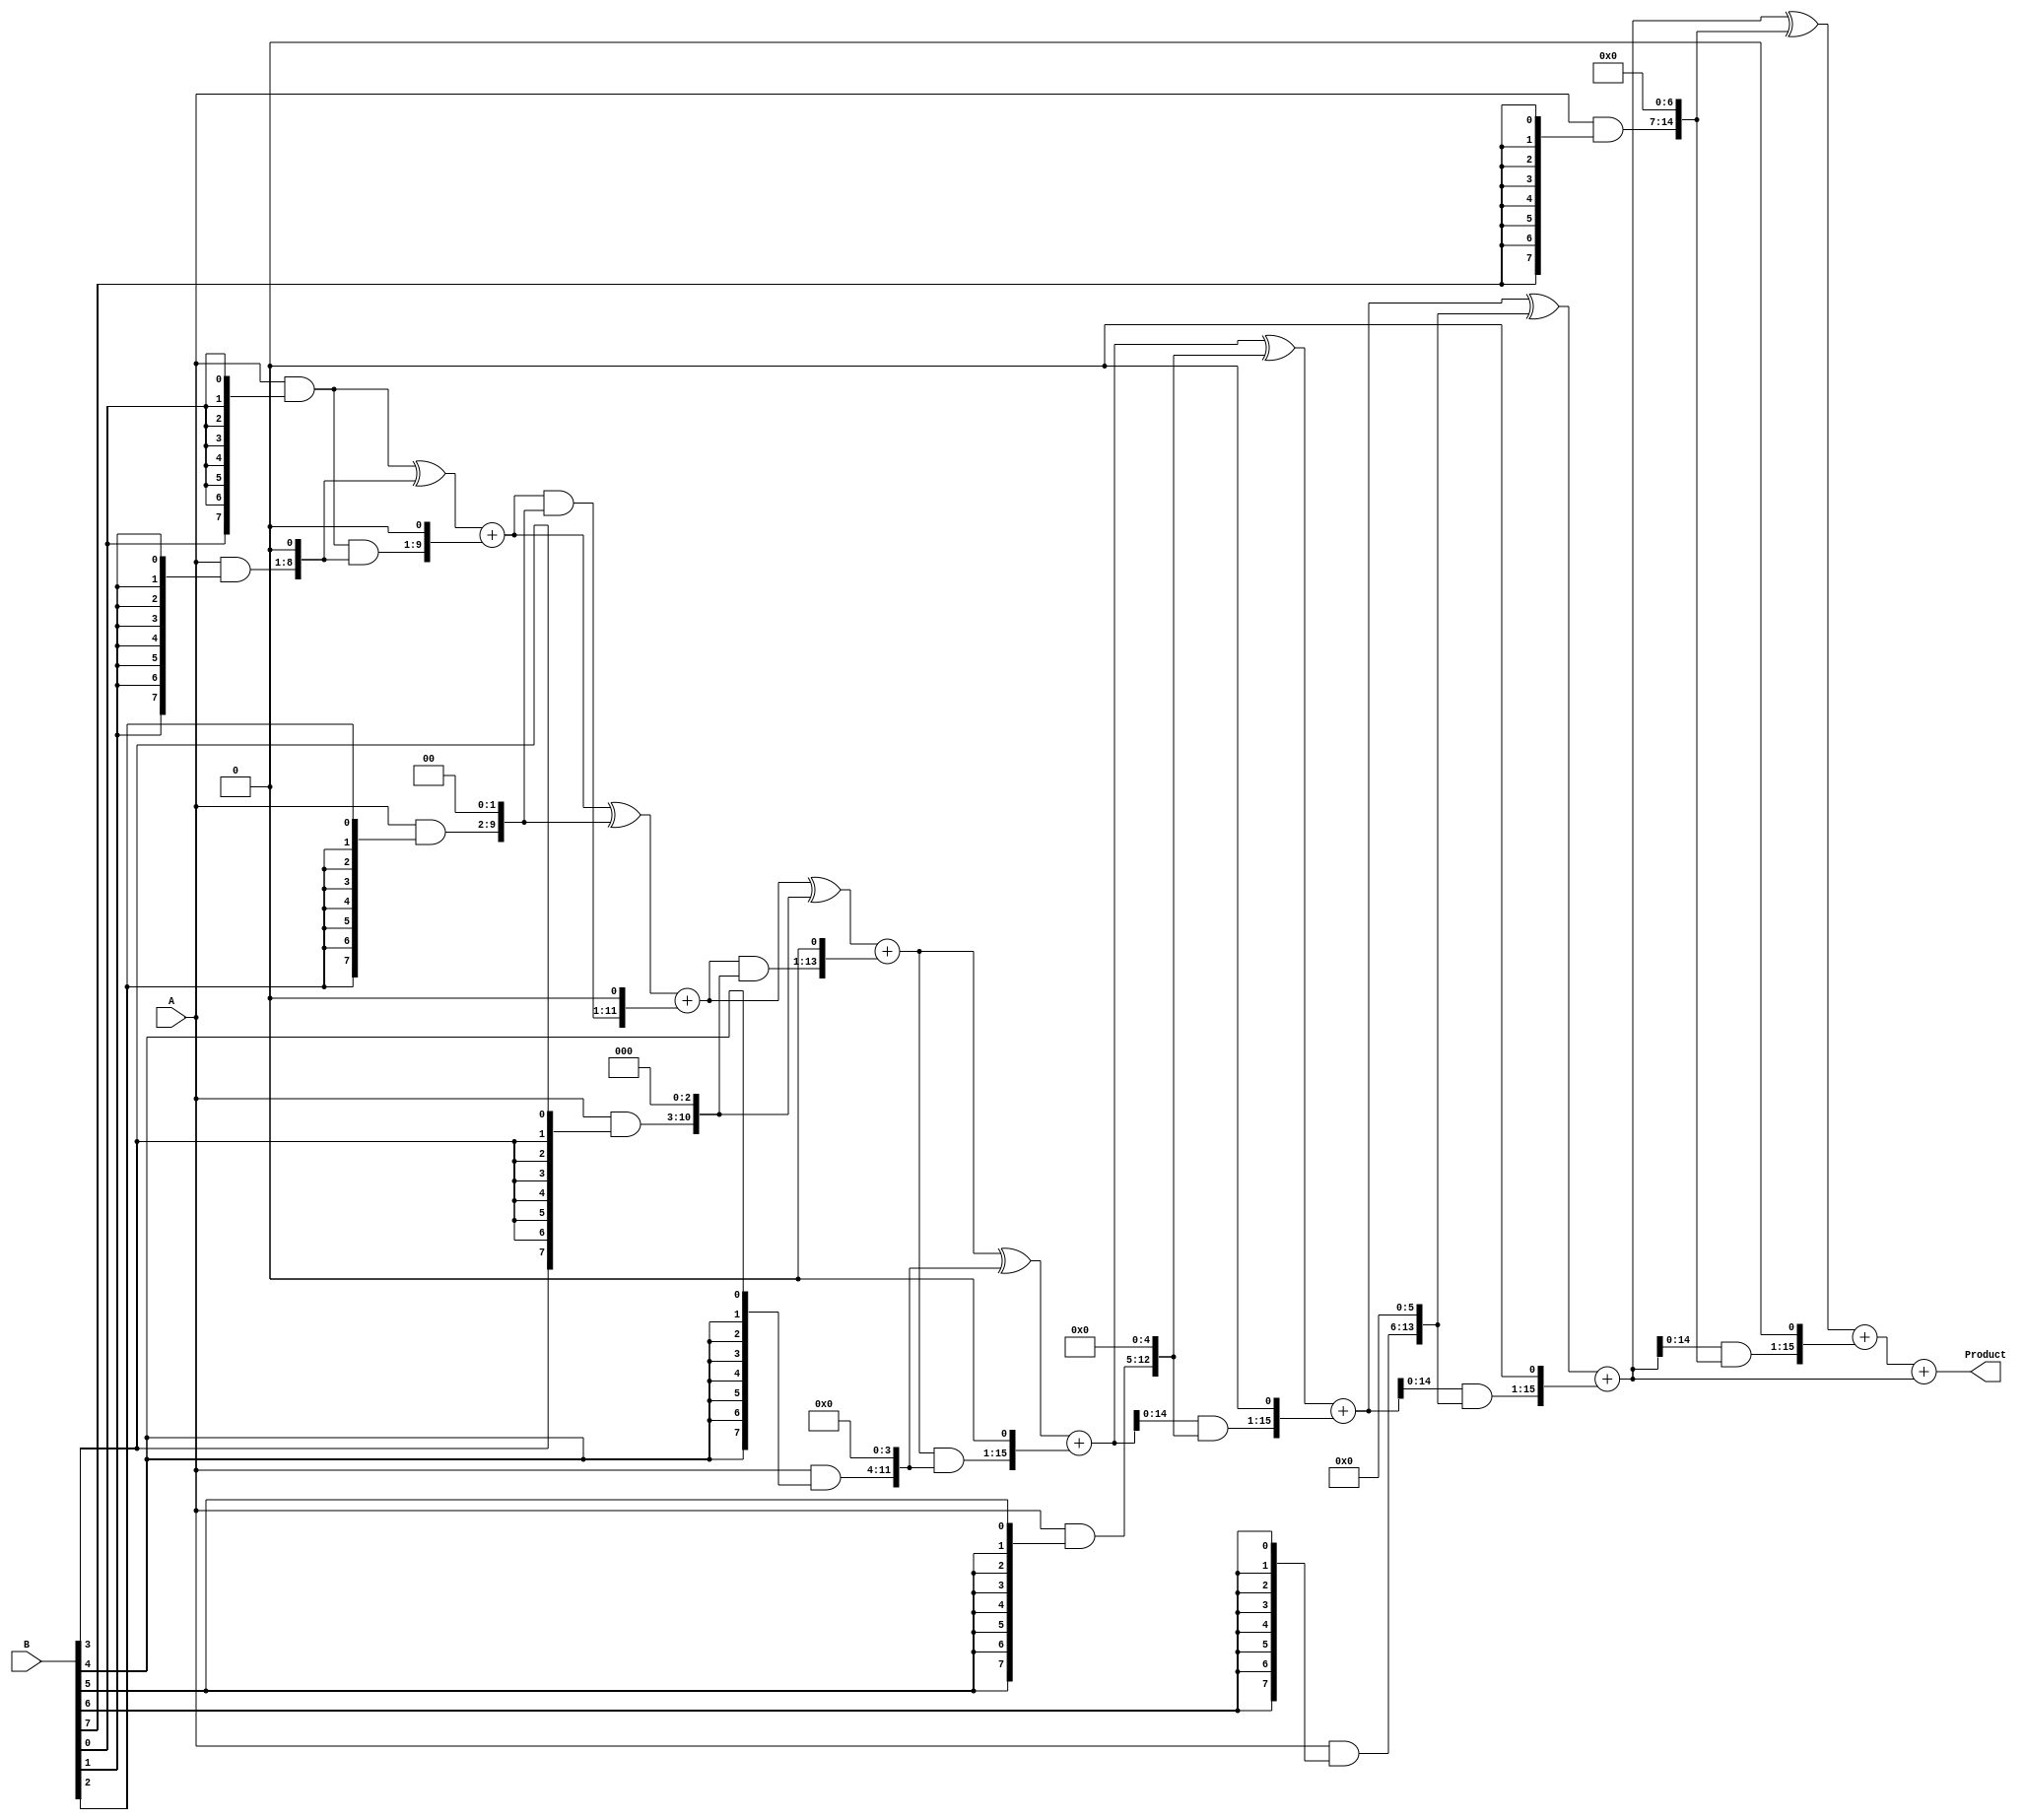
module WallaceTreeMultiplier #(
    parameter WIDTH_A = 8, // Width of multiplicand A
    parameter WIDTH_B = 8  // Width of multiplier B
)(
    input [WIDTH_A-1:0] A, // Multiplicand
    input [WIDTH_B-1:0] B, // Multiplier
    output reg [WIDTH_A + WIDTH_B - 1:0] Product // Result of multiplication
);

    // Generate Partial Products
    wire [WIDTH_A + WIDTH_B - 1:0] partial_products[0:WIDTH_B-1];

    genvar i;
    generate
        for (i = 0; i < WIDTH_B; i = i + 1) begin : pp_gen
            assign partial_products[i] = A & {WIDTH_A{B[i]}};
            // Shift left by i bits
            assign partial_products[i] = partial_products[i] << i;
        end
    endgenerate

    // Wallace Tree Reduction
    wire [WIDTH_A + WIDTH_B - 1:0] sum[0:WIDTH_B-1];
    wire [WIDTH_A + WIDTH_B - 1:0] carry[0:WIDTH_B-1];

    // Initial stage of reduction
    wire [WIDTH_A + WIDTH_B - 1:0] level[0:WIDTH_B-1];
    assign level[0] = partial_products[0];

    generate
        for (i = 1; i < WIDTH_B; i = i + 1) begin : reduction
            assign sum[i] = level[i-1] ^ partial_products[i];
            assign carry[i] = level[i-1] & partial_products[i];
            assign level[i] = {1'b0, sum[i]} + {carry[i], 1'b0}; // Combine carry
        end
    endgenerate

    // Final addition of the last two levels
    always @(*) begin
        Product = level[WIDTH_B-1] + level[WIDTH_B-2];
    end

endmodule